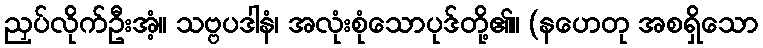
ညှပ်လိုက်ဦးအံ့။ သဗ္ဗပဒါနံ၊ အလုံးစုံသောပုဒ်တို့၏။ (နဟေတု အစရှိသော